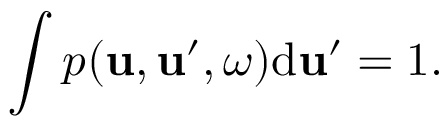
\int p ( \boldsymbol { \mathbf { u } } , \boldsymbol { \mathbf { u } } ^ { \prime } , \omega ) \mathrm { d } \boldsymbol { \mathbf { u } } ^ { \prime } = 1 .